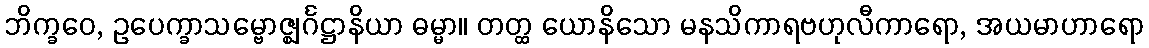
ဘိက္ခဝေ, ဥပေက္ခာသမ္ဗောဇ္ဈင်္ဂဋ္ဌာနိယာ ဓမ္မာ။ တတ္ထ ယောနိသော မနသိကာရဗဟုလီကာရော, အယမာဟာရော